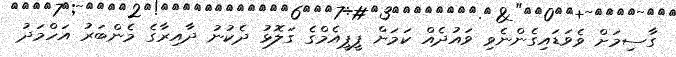
ގާސިމަށް ވެވަޑައިގެންނެވި ވައުދެއް ކަމަށް ޕީޕީއެމްގެ ގަލޮޅު ދެކުނު ދާއިރާގެ މެންބަރު އަހްމަދު